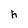
Character: h